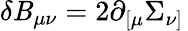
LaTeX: \delta\mathit{B}_{\mu\nu}=2\partial_{[\mu}\Sigma_{\nu]}\,